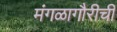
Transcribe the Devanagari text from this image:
मंगळागौरीची